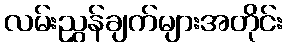
လမ်းညွှန်ချက်များအတိုင်း